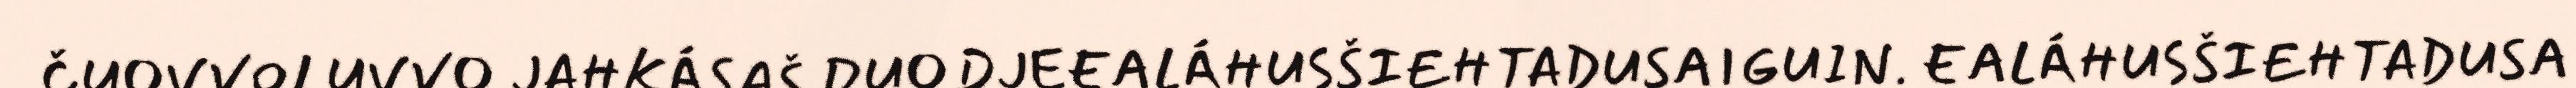
ČUOVVOLUVVO JAHKÁSAŠ DUODJEEALÁHUSŠIEHTADUSAIGUIN. EALÁHUSŠIEHTADUSA